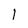
Character: 1